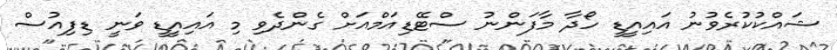
ޝައްކުކުރެވުނު އައިއީޑީ ހޯދާ މާފަންނު ސްޓޭޑިއަމްއަށް ގެންދެވި މި އައިއީޑީ ވަނީ ޑިފިއުސް